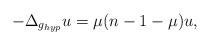
LaTeX: \begin{align*}-\Delta_{g_{hyp}}u=\mu(n-1-\mu)u,\end{align*}